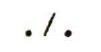
./.